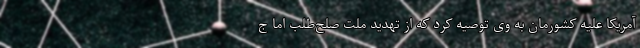
آمریکا علیه کشورمان به وی توصیه کرد که از تهدید ملت صلح‌طلب اما ج